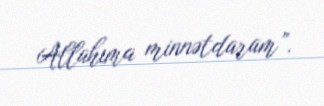
Allahıma minnətdaram”.